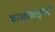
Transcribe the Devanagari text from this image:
काशीबाईची